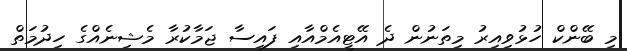
މި ބޭންކް ހުޅުވިއިރު މިތަނުން ދެ އޭޓީއެމްއާއި ފައިސާ ޖަމާކުރާ މެޝިނެއްގެ ހިދުމަތް